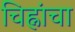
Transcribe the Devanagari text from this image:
चिह्नांचा